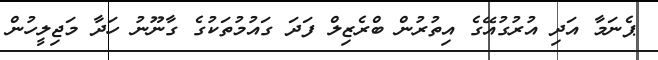
ޕެނަމާ އަދި އުރުގުއޭގެ އިތުރުން ބްރެޒިލް ފަދަ ގައުމުތަކުގެ ގާނޫނު ހަދާ މަޖިލީހުން